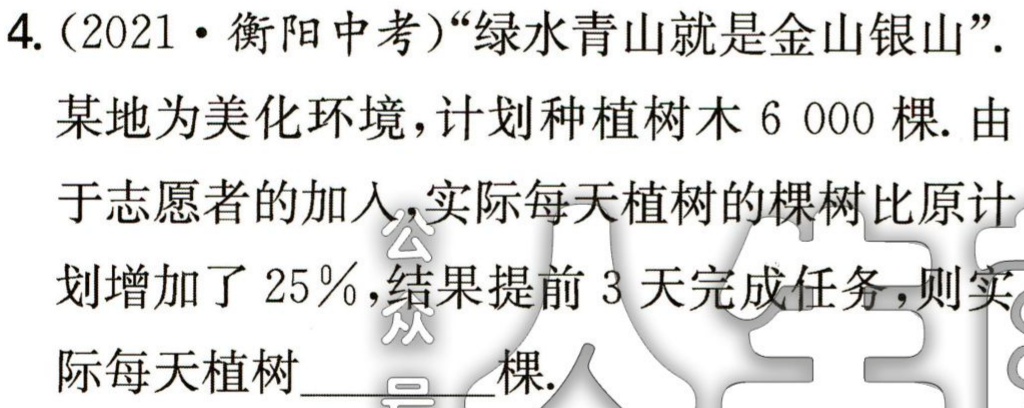
4.（2021·衡阳中考）“绿水青山就是金山银山”.

某地为美化环境，计划种植树木$6\ 000$棵. 由于志愿者的加入，实际每天植树的棵树比原计划增加了$25\%$，结果提前$3$天完成任务，则实际每天植树___棵.